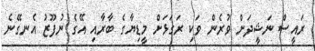
ރައީސް ނަޝީދަށް ވުރެން ވަކި ރަގަޅަށް މީޑިޔާގެ ބާރާއި އޭގެ ނުފޫޒު އެނގޭނެ